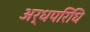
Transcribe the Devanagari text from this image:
अर्धपरिधि